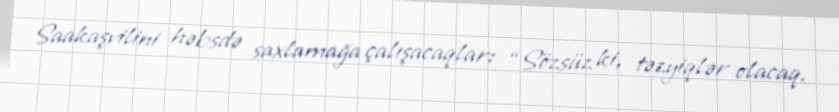
Saakaşvilini həbsdə saxlamağa çalışacaqlar: “Sözsüz ki, təzyiqlər olacaq.